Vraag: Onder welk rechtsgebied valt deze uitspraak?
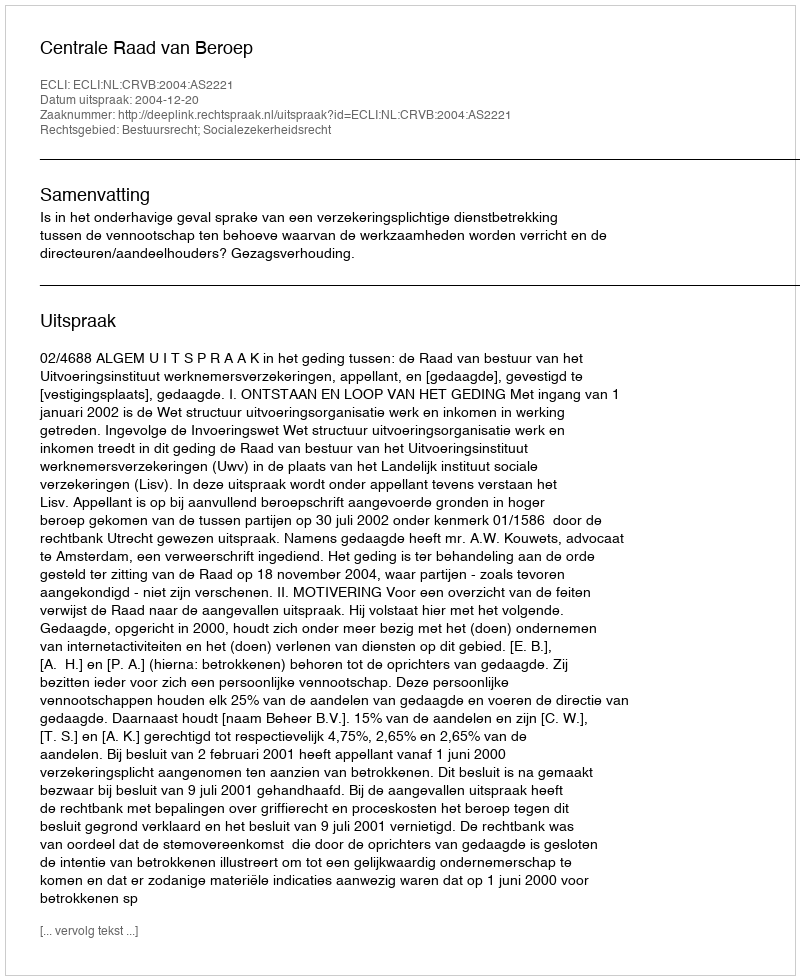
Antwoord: Bestuursrecht; Socialezekerheidsrecht